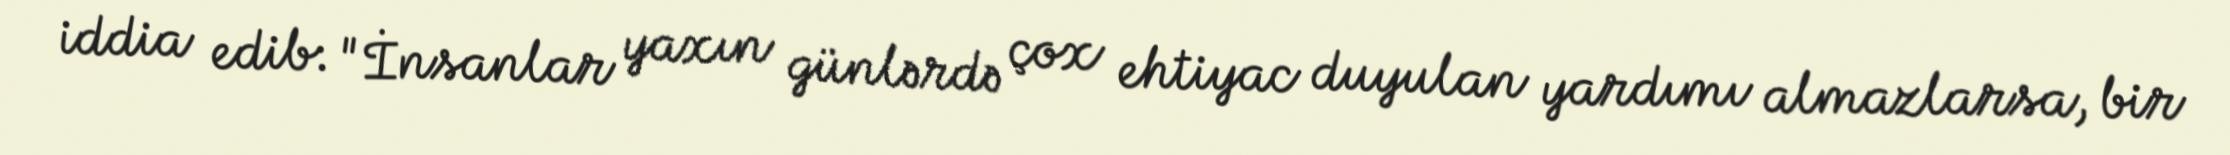
iddia edib: "İnsanlar yaxın günlərdə çox ehtiyac duyulan yardımı almazlarsa, bir